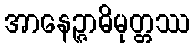
အာနေဉ္ဇာဓိမုတ္တဿ